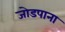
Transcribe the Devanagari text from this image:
जोडपाना